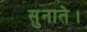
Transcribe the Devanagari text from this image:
सुनाते।